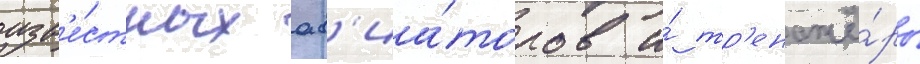
изв'е́стных ав'иа́торов и́ тр'енажё́ры